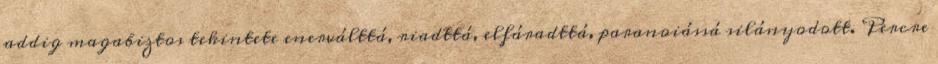
addig magabiztos tekintete enerválttá, riadttá, elfá­radttá, paranoiássá silányodott. Percre